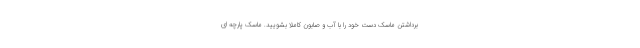
برداشتن ماسک دست خود را با آب و صابون کاملا بشویید. ماسک پارچه ای